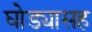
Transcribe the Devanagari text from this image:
घोड्यासह